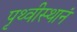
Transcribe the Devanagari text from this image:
पृथ्वीस्थानं